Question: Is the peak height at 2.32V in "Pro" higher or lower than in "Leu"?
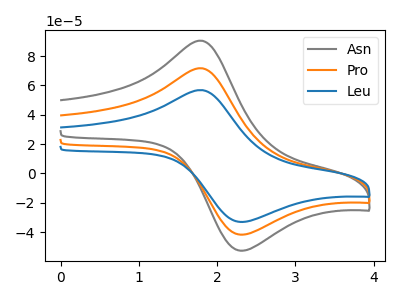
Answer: <think>The gray curve "Asn" has an anodic peak at (1.80V, 143.30uA) and a cathodic peak at (2.30V, -83.60uA). The orange curve "Pro" has an anodic peak at (1.80V, 71.65uA) and a cathodic peak at (2.30V, -41.80uA). The blue curve "Leu" has an anodic peak at (1.80V, 56.80uA) and a cathodic peak at (2.30V, -33.10uA).</think>
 <answer>The peak at 2.32V is higher in "Pro" than in "Leu".</answer>
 <eval>higher</eval>